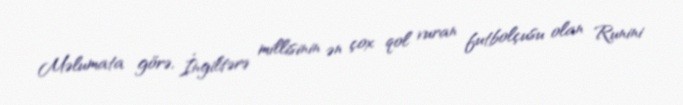
Məlumata görə, İngiltərə millisinin ən çox qol vuran futbolçusu olan Runini